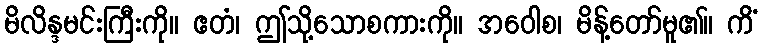
မိလိန္ဒမင်းကြီးကို။ ဧတံ၊ ဤသို့သောစကားကို။ အဝေါစ၊ မိန့်တော်မူ၏။ ကိံ